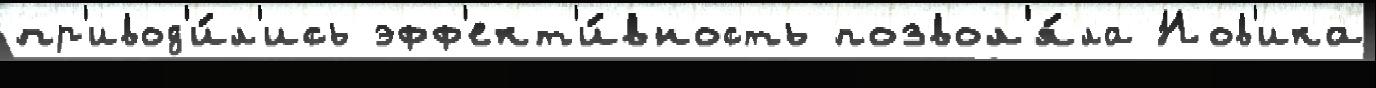
пр'ивод'и́л'ись эфф'ект'и́вность позвол'я́ла Нов'ика